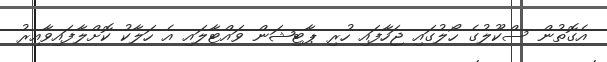
އެގޮތުން ސްކޫލުގެ ހޯލުގައި ޖަހާފައި ހުރި ޕާޓިޝަން ވައްޓާލައި އެ ހަލާކު ކޮށްލާފައިވާއިރު